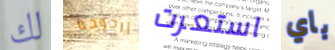
لك أرجوحة استعرت باي